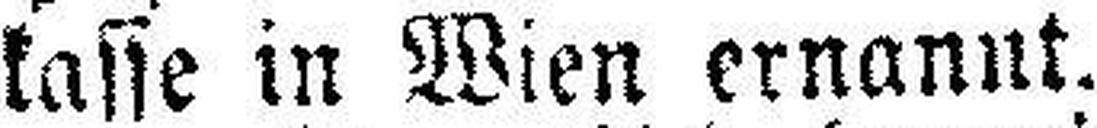
kasse in Wien ernannt.